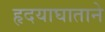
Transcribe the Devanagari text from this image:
हृदयाघाताने